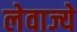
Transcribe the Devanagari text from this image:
लेवाज्ये